Report of the Indian Hemp Drugs Commission, 1894-1895 - Volume II
Year: 1894
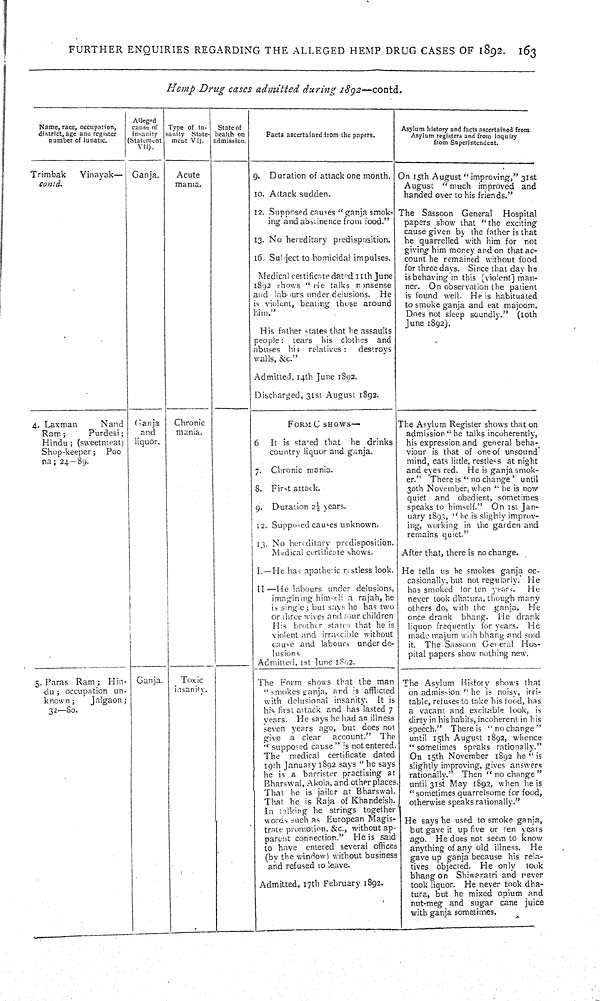
FURTHER ENQUIRIES REGARDING THE ALLEGED HEMP DRUG CASES OF 1892. 163
Hemp Drug cases admitted during 1892—contd.
Name, race, occupation,
district, age and register
number of lunatic.
Alleged
cause of
insanity
(Statement
VII).
Type of in-
sanity (State-
ment VI).
State of
health on
admission.
Facts ascertained from the papers.
Asylum history and facts ascertained from
Asylum registers and from inquiry
from Superintendent.
Trimbak
Vinayak—
contd.
Ganja.
Acute
mania.
9. Duration of attack one month.
10. Attack sudden.
12. Supposed causes "ganja smok-
ing and abstinence from food."
13. No hereditary predisposition.
16. Subject to homicidal impulses.
Medical certificate dated 11th June
1892 shows "He talks nonsense
and labours under delusions. He
is violent, beating those around
him."
His father states that he assaults
people: tears his clothes and
abuses his relatives:
destroys
walls, &c."
Admitted, 14th June 1892.
Discharged, 31st August 1892.
On 15th August "improving," 31st
August "much improved and
handed over to his friends."
The Sassoon General
Hospital
papers show that "the exciting
cause given by the father is that
he quarrelled with him for not
giving him money and on that ac-
count he remained without food
for three days. Since that day he
is behaving in this [violent] man-
ner. On observation the patient
is found well. He is habituated
to smoke ganja and eat majoom.
Does not sleep soundly." (10th
June 1892).
4. Laxman
Nand
Ram;
Purdesi;
Hindu; (sweetmeat)
Shop-keeper;
Poo
na; 24-89.
Ganja
and
liquor.
Chronic
mania.
FORM C SHOWS—
6
It is staged that
he drinks
country liquor and ganja.
7. Chronic mania.
8. First attack.
9. Duration 2½ years.
12. Supposed causes unknown.
13. No hereditary predisposition.
Medical certificate shows.
I.—He has apathetic restless look.
II—He labours under delusions,
imagining himself a rajah, he
is single; but says he has two
or three wives and four children
His brother states that he is
violent and irrascible without
cause and labours under de-
lusions
Admitted, 1st June 1802.
The Asylum Register shows that on
admission "he talks incoherently,
his expression and general beha-
viour is that of one of unsound
mind, eats little, restless at night
and eyes red. He is ganja smok-
er." There is "no change" until
30th November, when "he is now
quiet and obedient, sometimes
speaks to himself." On 1st Jan-
uary 1893, "he is slighly improv-
ing, working in the garden and
remains quiet"
After that, there is no change.
He tells us he smokes ganja oc-
casionally, but not regularly. He
has smoked for ten years.
He
never took dhatura, though many
others do, with the ganja. He
once drank bhang. He drank
liquor frequently for years. He
made majum with bhang and sold
it. The Sassoon General Hos-
pital papers show nothing new.
5. Paras Ram; Hin-
du; occupation un-
known;
Jalgaon;
32—80.
Ganja.
Toxic
insanity.
The Form shows that the man
"smokes ganja, and is afflicted
with delusional insanity. It is
his first attack and has lasted 7
years. He says he had an illness
seven years ago, but does not
give a clear
account." The
"supposed cause" is not entered.
The medical certificate dated
19th January 1892 says "he says
he is a barrister practising at
Bharswal, Akola, and other places
That he is jailor at Bharswal.
That he is Raja of Khandeish.
In talking he strings together
words, such as European Magis-
trate promotion. &c., without ap-
parent connection." He is said
to have entered several offices
(by the window) without business
and refused to leave.
Admitted, 17th February 1892.
The Asylum History shows that
on admission "he is noisy, irri-
table, refuses to take his food, has
a vacant and excitable look, is
dirty in his habits, incoherent in his
speech." There is "no change"
until 15th August 1892, whence
"sometimes speaks rationally."
On 15th November 1892 he "is
slightly improving, gives answers
rationally." Then "no change"
until 31st May 1892, when he is
"sometimes quarrelsome for food,
otherwise speaks rationally."
He says he used to smoke ganja,
but gave it up five or ten years
ago. He does not seem to know
anything of any old illness.
He
gave up ganja because his rela-
tives objected. He only
took
bhang on Shiwaratri and never
took liquor. He never took dha-
tura, but he mixed opium and
nut-meg and sugar cane juice
with ganja sometimes.